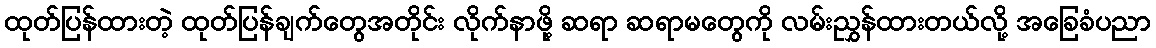
ထုတ်ပြန်ထားတဲ့ ထုတ်ပြန်ချက်တွေအတိုင်း လိုက်နာဖို့ ဆရာ ဆရာမတွေကို လမ်းညွှန်ထားတယ်လို့ အခြေခံပညာ